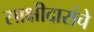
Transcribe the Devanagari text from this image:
साक्षीदारांचे